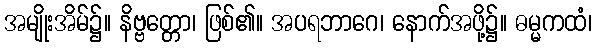
အမျိုးအိမ်၌။ နိဗ္ဗတ္တော၊ ဖြစ်၏။ အပရဘာဂေ၊ နောက်အဖို့၌။ ဓမ္မကထံ၊